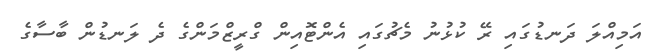
އަމިއްލަ ދަނޑުގައި ރޭ ކުޅުނު މެޗުގައި އެންޓޮއިން ގްރީޒްމަންގެ ދެ ލަނޑުން ބާސާގެ